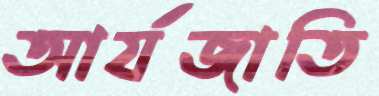
আর্যজাতি